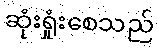
ဆုံးရှုံးစေသည်